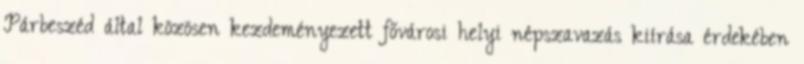
Párbeszéd által közösen kezdeményezett fővárosi helyi népszavazás kiírása érdekében